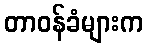
တာဝန်ခံများက